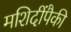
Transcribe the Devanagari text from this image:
मशिदींपैकी